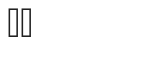
٤٤